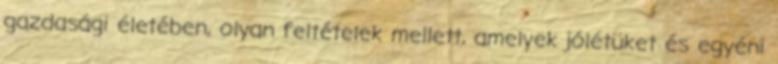
gazdasági életében, olyan feltételek mellett, amelyek jólétüket és egyéni